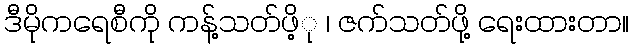
ဒီမိုကရေစီကို ကန့်သတ်ဖိ့ု ၊ ဇက်သတ်ဖို့ ရေးထားတာ။